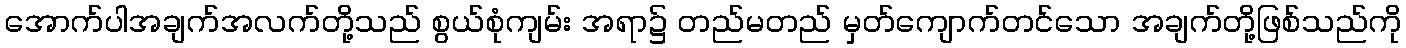
အောက်ပါအချက်အလက်တို့သည် စွယ်စုံကျမ်း အရာ၌ တည်မတည် မှတ်ကျောက်တင်သော အချက်တို့ဖြစ်သည်ကို